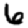
Digit: 6